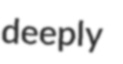
deeply